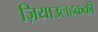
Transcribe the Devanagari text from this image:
ज़ियाउलहक़की